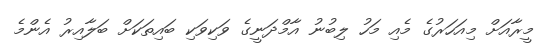
މީރާއަށް މިއަހަރުގެ މެއި މަހު ލިބުނު އާމްދަނީގެ ވަކިވަކި ބައިތަކަށް ބަލާއިރު އެންމެ